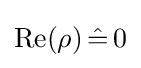
{\text{Re}}(\rho )\,{\hat {=}}\,0